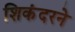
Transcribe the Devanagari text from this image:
शिकंदरने